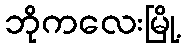
ဘိုကလေးမြို့